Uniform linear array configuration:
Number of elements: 16
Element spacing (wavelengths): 1
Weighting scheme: hann
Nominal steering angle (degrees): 45
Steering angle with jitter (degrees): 45.834
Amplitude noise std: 0.05
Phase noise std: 0.05

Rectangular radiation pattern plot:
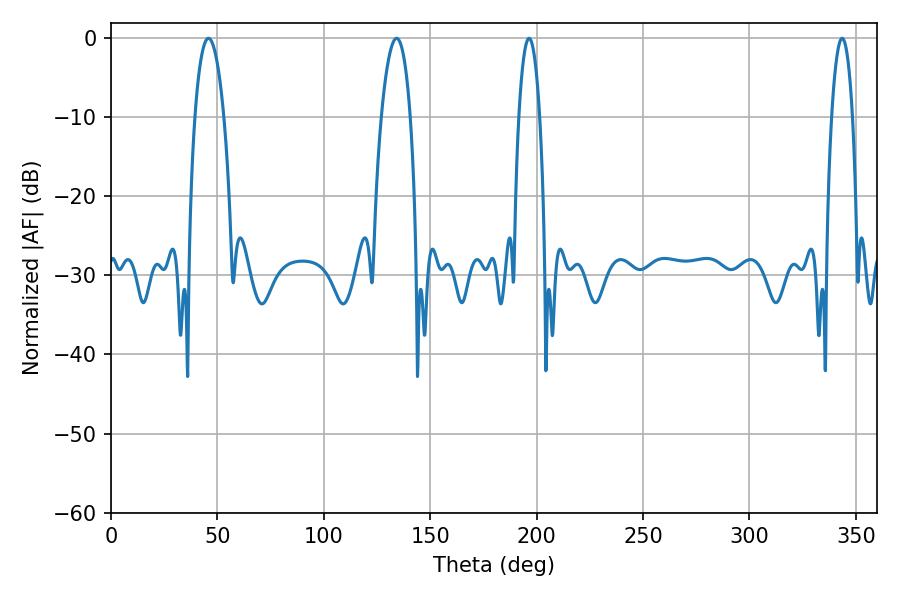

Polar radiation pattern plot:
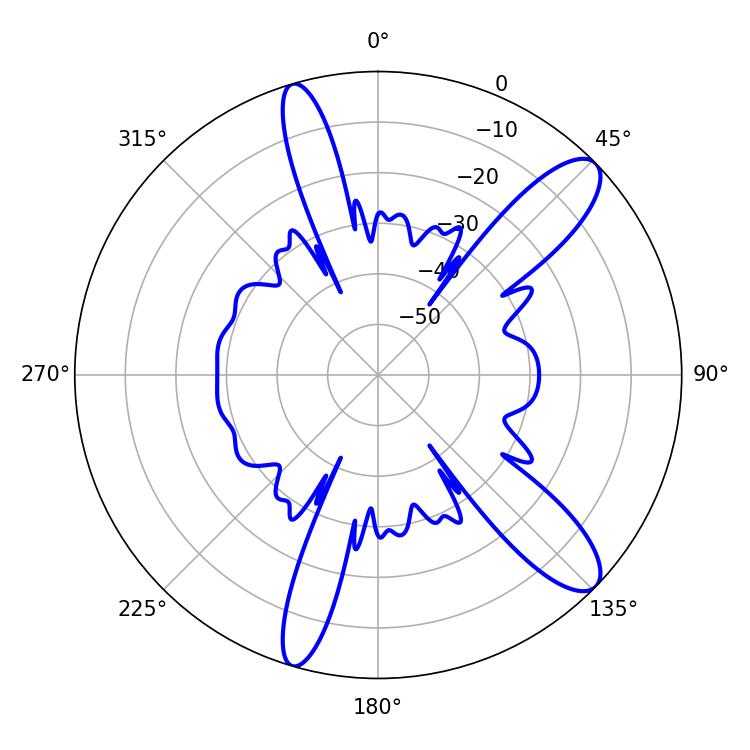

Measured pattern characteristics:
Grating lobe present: TRUE
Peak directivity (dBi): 11.4
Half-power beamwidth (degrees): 7.56
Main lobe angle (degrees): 134.28